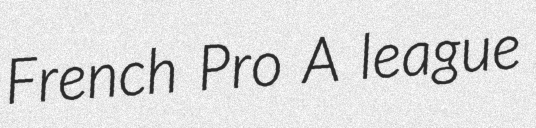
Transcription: French Pro A league